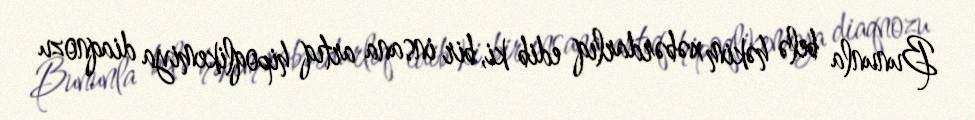
Bununla belə həkim xəbərdarlıq edib ki, bir insana artıq hipoqlikemiya diaqnozu